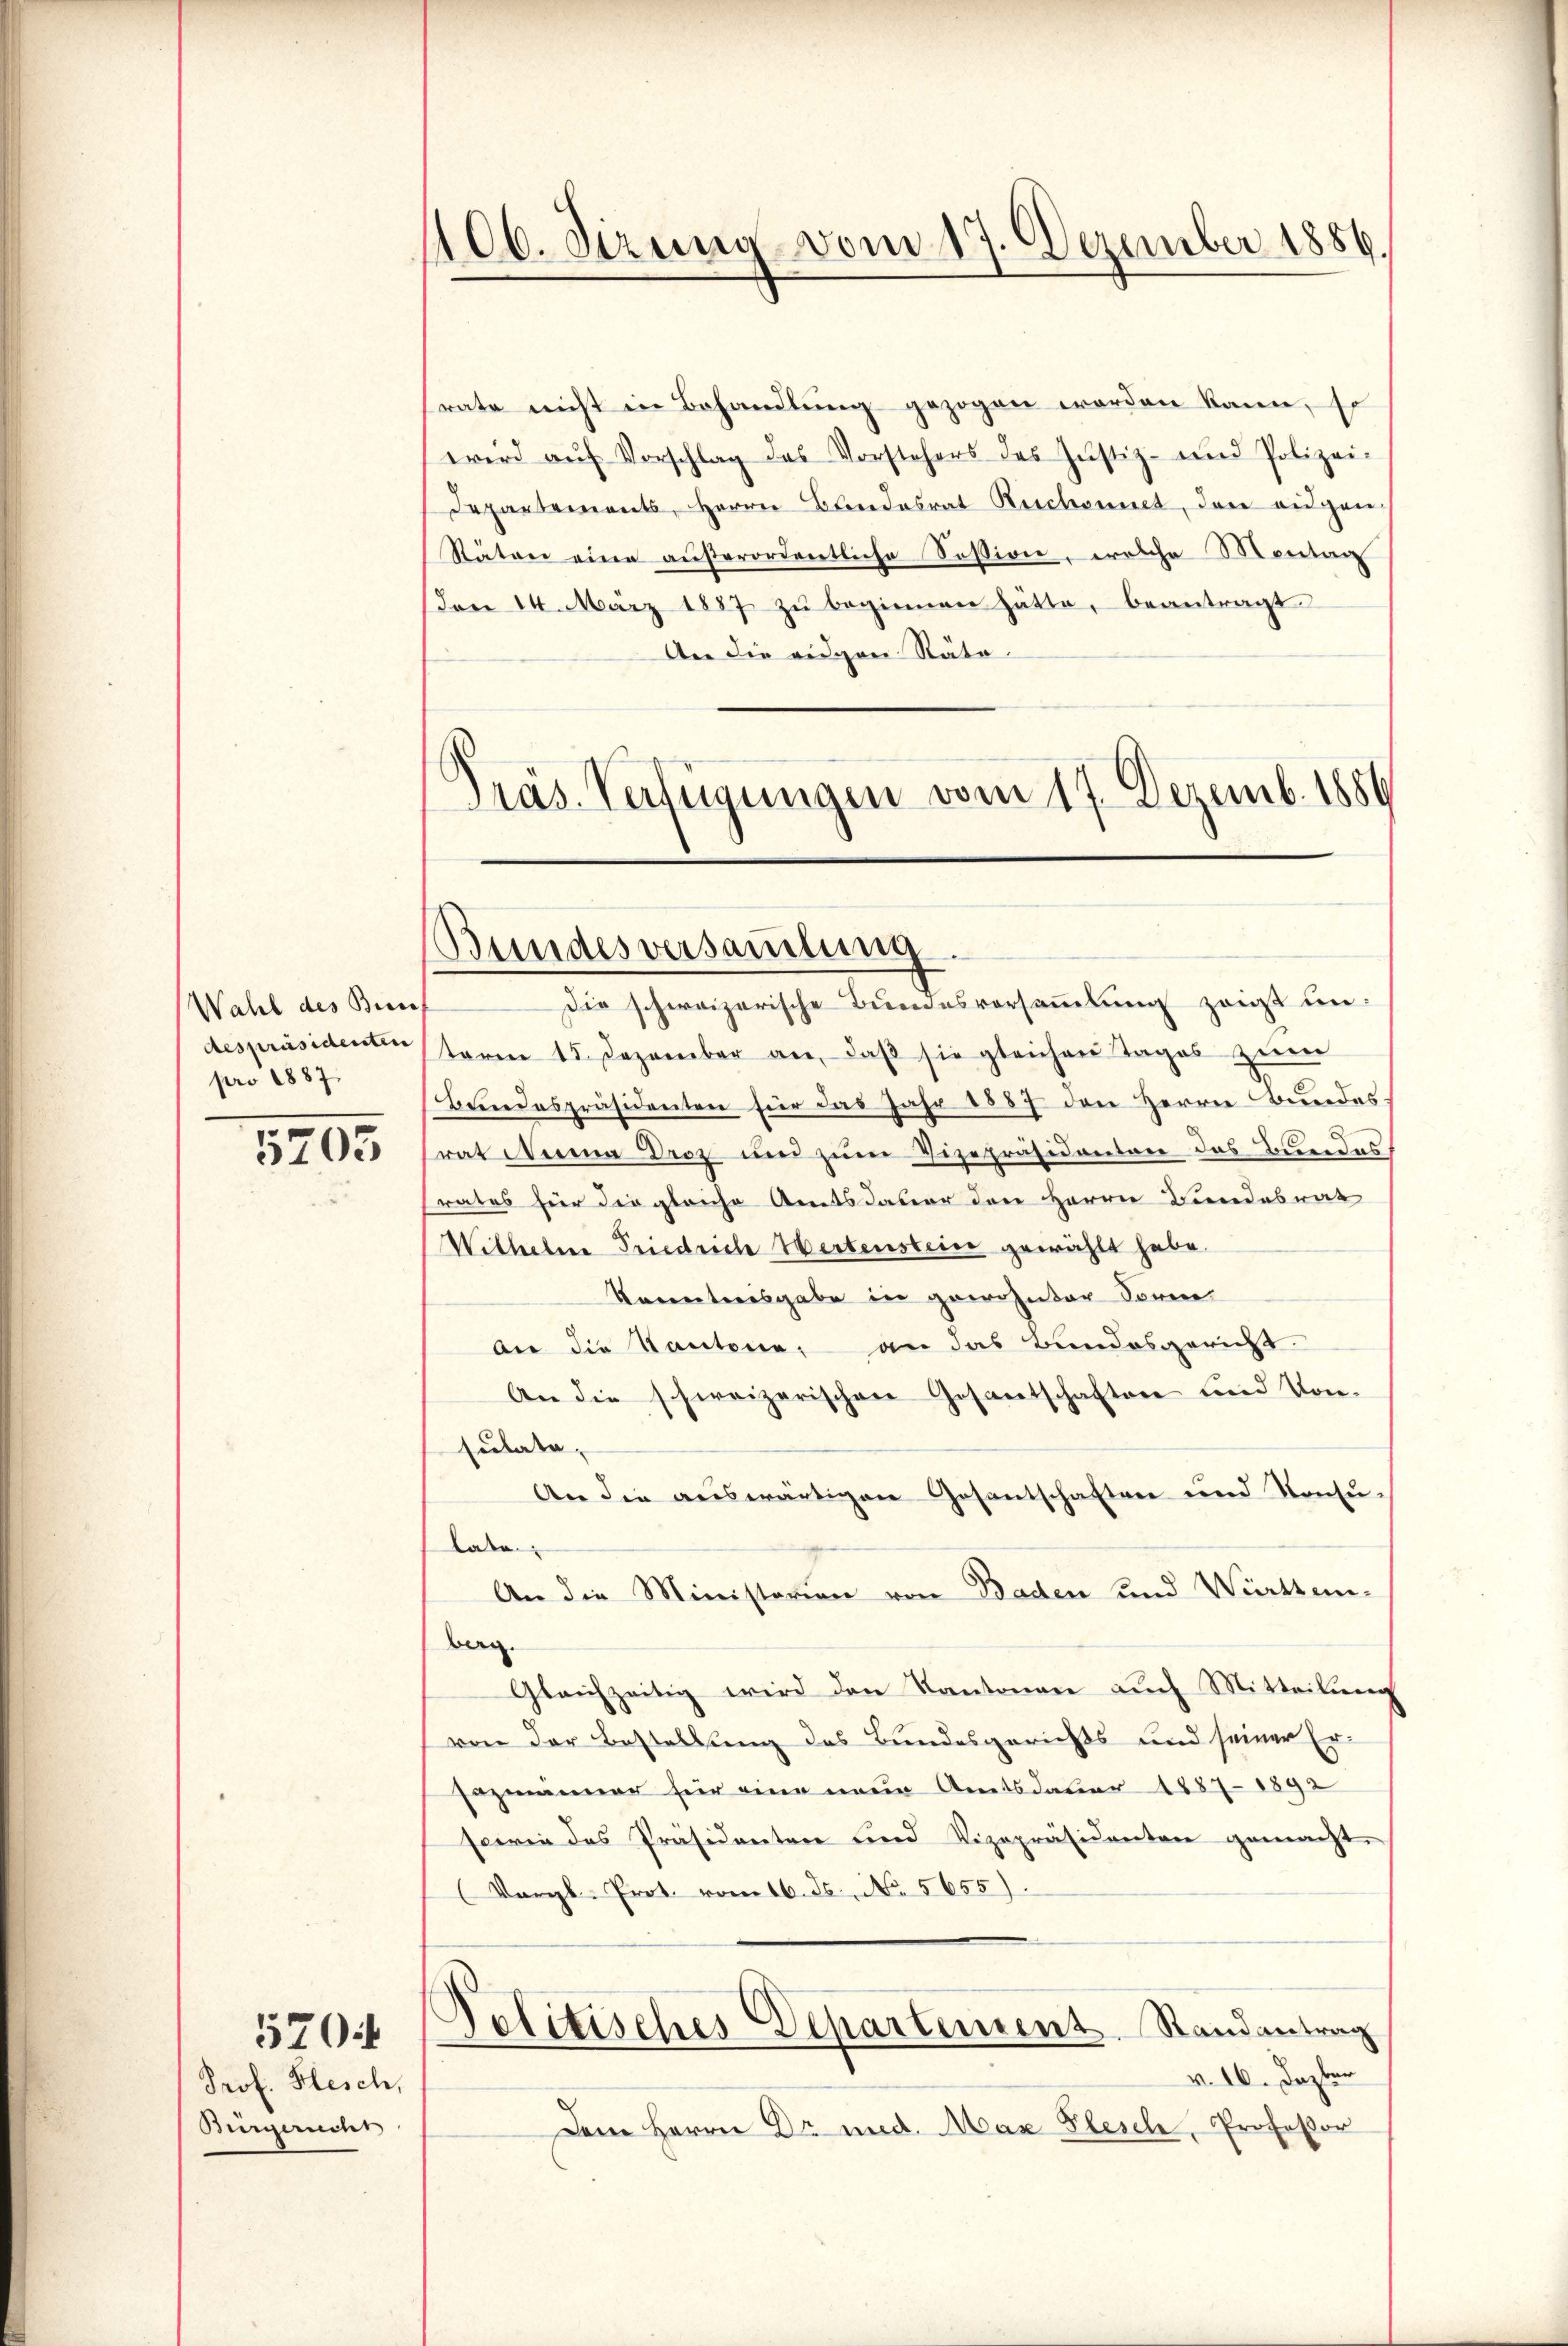
Wahl des Beis
despräsidenten
pro 1887.

5205

Prof. Klesch,
Bürgeruchs

570

406. Sezung vom 17. Dezember 1886.

rate nicht in Behandlung gezogen worden kann, so
wird aŭf Vorschlag das Vorstehers des Justiz- und Polizei-
Departements, Herrn Bandesrat Rischonet, den augen
Räten eine außerordentliche Session, welche Montag
dem 14. März 1887 zŭ beginnen hätte, beantragt
An die eidgen Räte.
.

Pras. Verfügungen vom 17. Dezemb. 1886
Bundesversaṁlŭng.

Die schweizerische Bundesvorsammlung zeigt un
term 15. Dezember an, daβ sie gleichen Tages zŭm
Bundespräsidenten für das Jahr 1887 den Herrn Bundes
rat Anna Droz und zum Vizepräsidenten das Bundes
rates für die gleiche Amtsdauer den Herrn Bundesrat
Witherbene Friedrich Wertensteine gewählt habe.
Korecteresgabe in gewohnter Forme
dir die Kantone, an das Bundesgericht.
An die schweizerischen Gesantschaften und Kon-
sulata,
An die auswärtigen Gesantschaften und Konsu-
Labe
An die Ministerien von Baden und Württem-
bern.
Gleichzeitig wird den Kantonen auch Mitteilung
von der Bestellung des Bundesgerichts und seiner Er¬
Hazmanner für eine neue Amtsdauer 1887-1892
sowie das Präsidenten und Vizepräsidenten gemacht.
(Vergl. Prot. vom 16. ds. No. 5655).
d
Politisches Departement. Randantrag
v. 16. Dezber
Dem Herrn Dr. med. Max Plesche, Professor